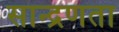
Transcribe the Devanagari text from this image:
सान्द्रणता